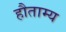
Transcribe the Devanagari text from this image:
हौताम्य